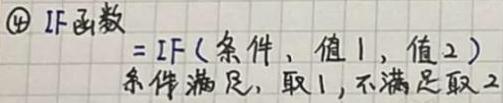
$\textcircled{4}$ IF函数
$=IF(条件, 值1, 值2)$
条件满足, 取1, 不满足取2